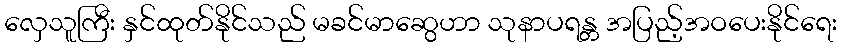
လှေသူကြီး နှင်ထုတ်နိုင်သည် မခင်မာဆွေဟာ သုနာပရန္တ အပြည့်အဝပေးနိုင်ရေး